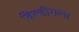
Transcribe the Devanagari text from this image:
बिल्डींगला